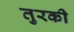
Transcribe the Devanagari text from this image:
तुरकी